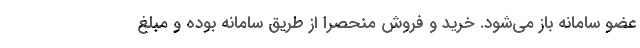
عضو سامانه باز می‌شود. خرید و فروش منحصرا از طریق سامانه بوده و مبلغ